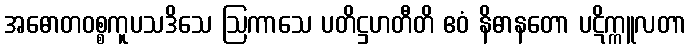
အဓောတဝစ္စကူပသဒိသေ ဩကာသေ ပတိဋ္ဌဟတီတိ ဧဝံ နိဓာနတော ပဋိက္ကူလတာ